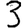
Digit: 3